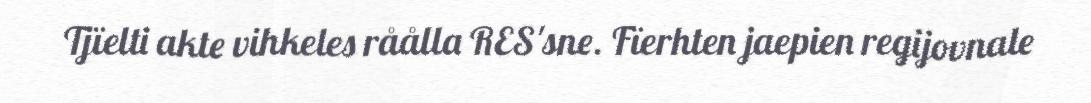
Tjïelti akte vihkeles råålla RES'sne. Fïerhten jaepien regijovnale